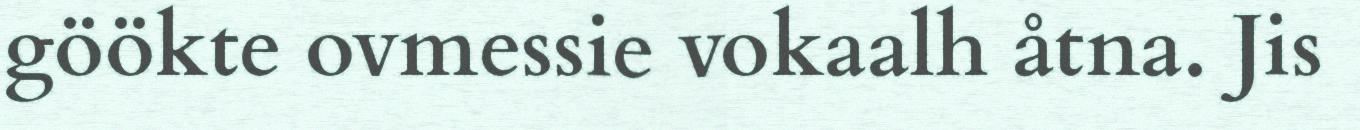
göökte ovmessie vokaalh åtna. Jis